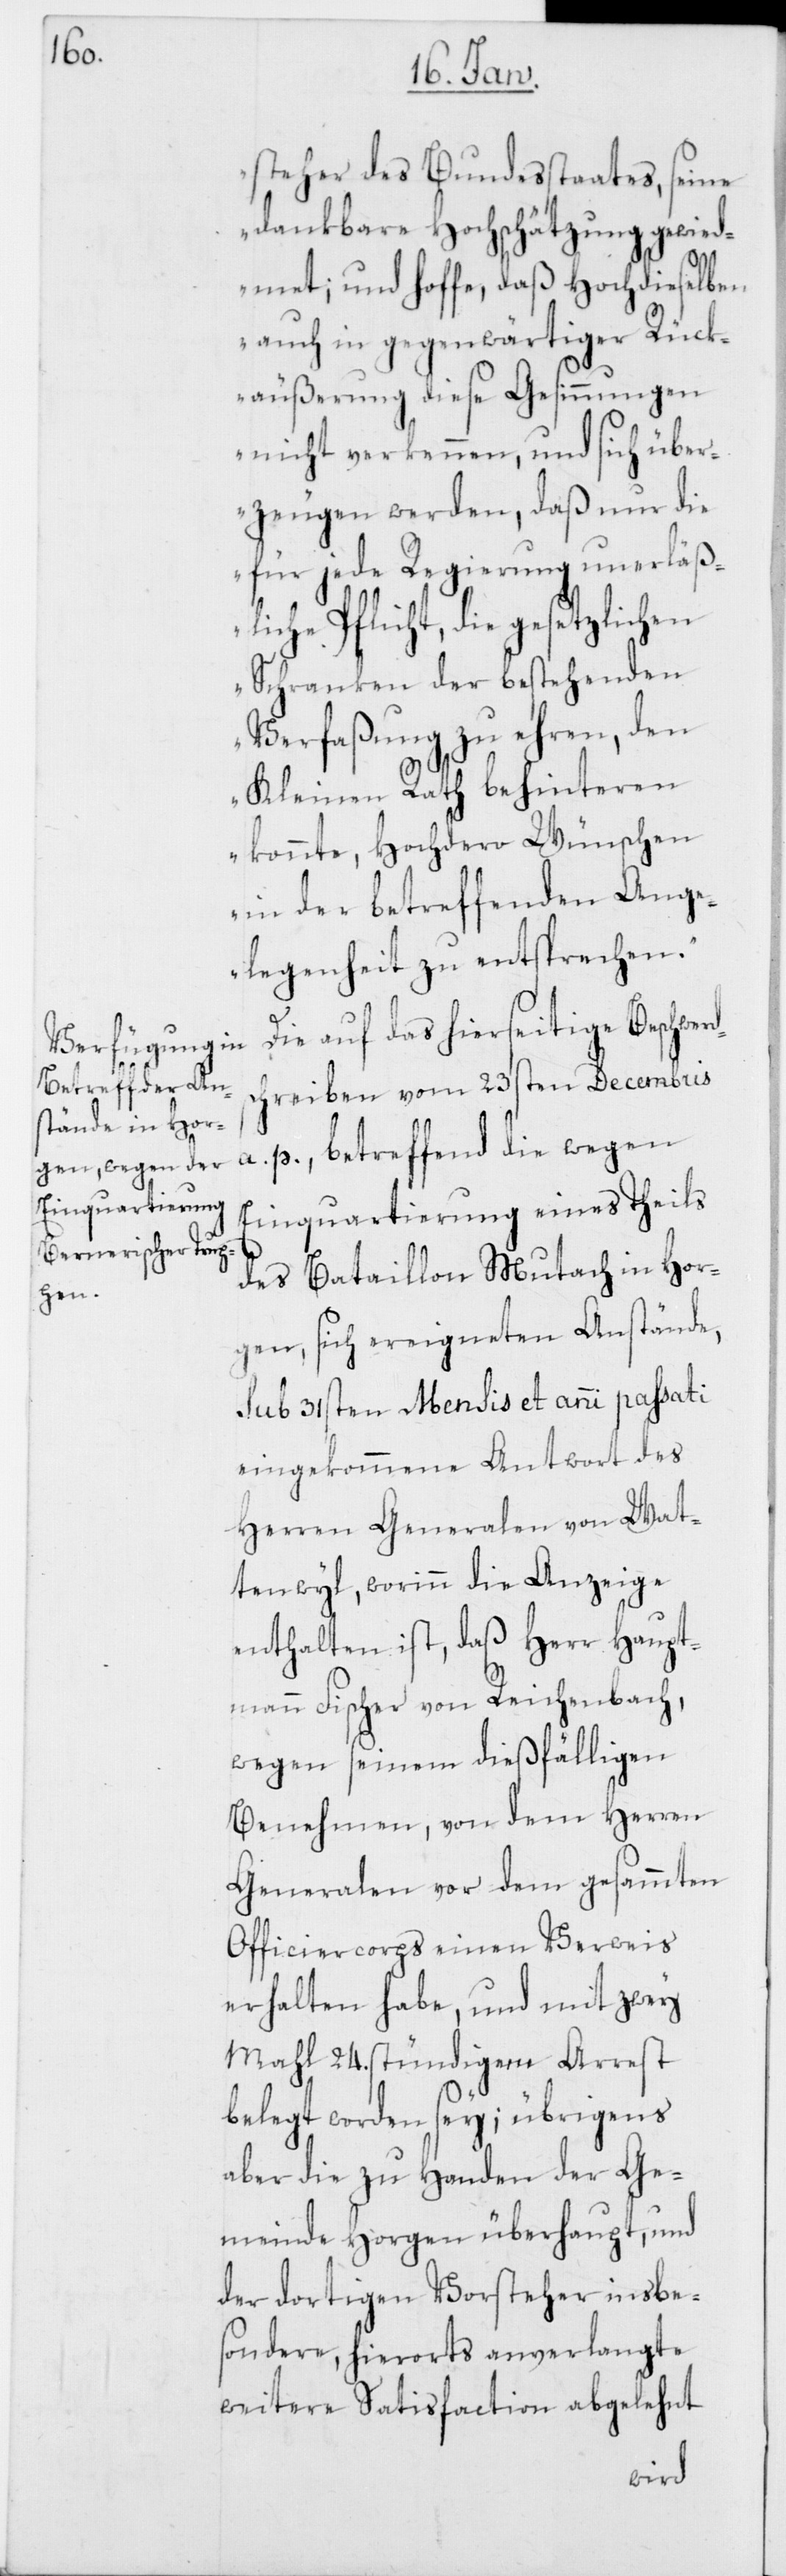
dsch¬

steher des Bundesstaates, seine
dankbare Hochschätzung gewied¬
met; und hoffe, daß Hochdieselben
auch in gegenwärtiger Rück¬
äußerung diese Gesinnungen
nicht verkennen, und sich über¬
zeugen werden, daß nur die
für jede Regierung unerläß¬
liche Pflicht, die gesetzlichen
Schranken der bestehenden
Verfaßung zu ehren, den
Kleinen Rath behinteren
konnte, Hochdero Wünschen
in der betreffenden Ang¬
elegenheit zu entsprechen.“
Die auf das hierseitige Beschwer¬
reiben vom 23sten Decembris
a. p., betreffend die wegen
Einquartierung eines Theils
des Bataillon Mutach in Hor¬
gen, sich ereigneten Anstände,
sub 31sten mensis et anni passati
eingekommene Antwort des
Herren Generalen von Wat¬
tenwyl, worinn die Anzeige
enthalten ist, daß Herr Haupt¬
mann Fischer von Reichenbach,
wegen seinem dießfälligen
Benehmen, von dem Herren
Generalen vor dem gesamten
Officiercorps einen Verweis
erhalten habe, und mit zwey
Mahl 24. stündigem Arrest
belegt worden sey; übrigens
aber die zu Handen der Ge¬
meinde Horgen überhaupt, und
der dortigen Vorsteher insbe¬
sondere, hierorts anverlangte
weitere Satisfaction abgelehnt